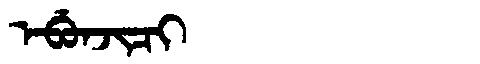
Manchu: ᡝᠪᡠᠨᠵᡳᠴᡳ
Romanization: EBUNJICI